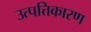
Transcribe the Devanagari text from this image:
उत्पत्तिकारण